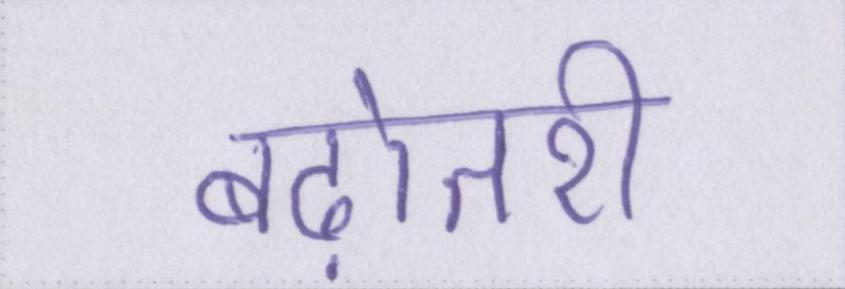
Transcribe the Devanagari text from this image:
बढ़ोतरी